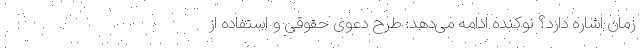
زمان اشاره دارد؟ نوکنده ادامه می‌دهد:‌ طرح دعوی حقوقی و استفاده از